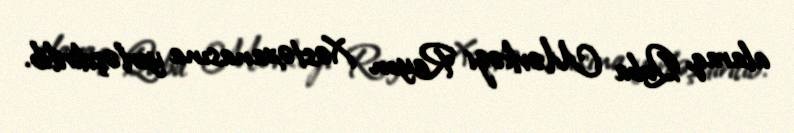
alaraq, Quba Mərkəzi Rayon Xəstəxanasına yerləşdirilib.